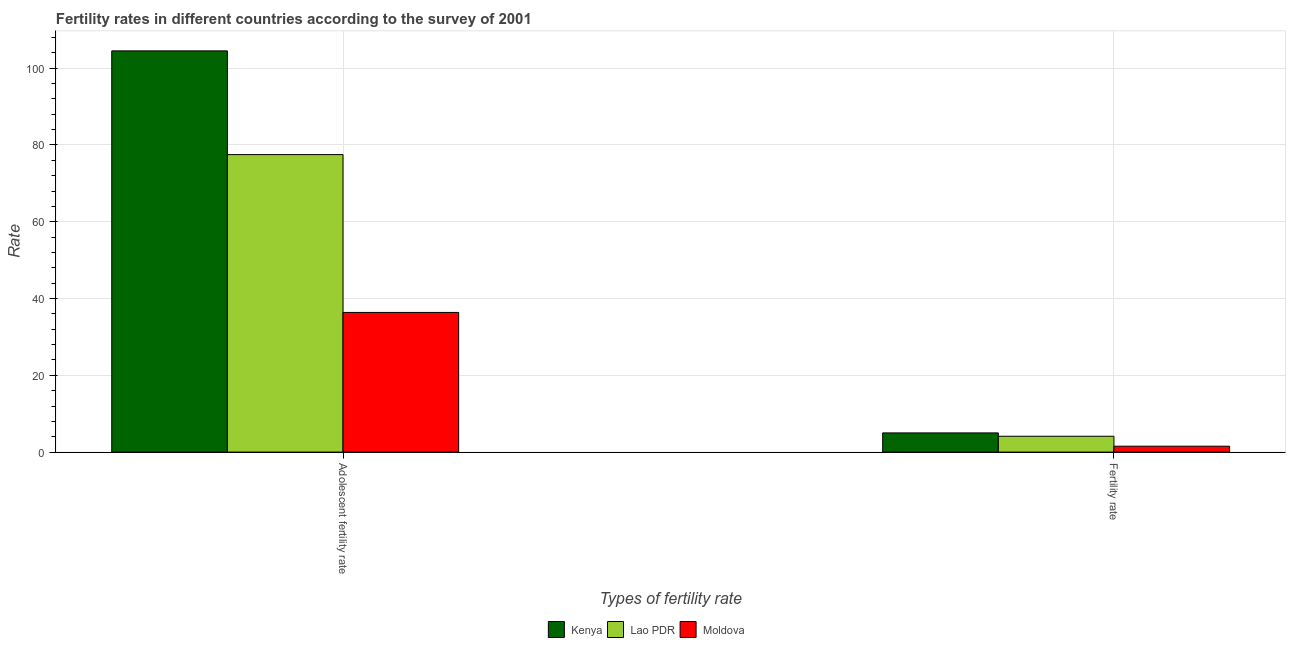
| Types of fertility rate | Kenya | Lao PDR | Moldova |
 | --- | --- | --- | --- |
 | Adolescent fertility rate | 104 | 77.5 | 36.4 |
 | Fertility rate | 5 | 4.13 | 1.53 |